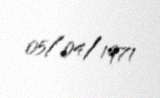
05/04/1971